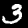
Label: 3